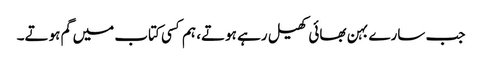
جب سارے بہن بھائی کھیل رہے ہوتے، ہم کسی کتاب میں گم ہوتے۔